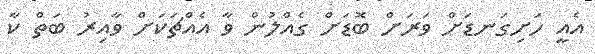
އެއީ ހަށިގަނޑަށް ވަރަށް ބޮޑަށް ގެއްލުން ވާ އެއްޗަކަށް ވާއިރު ބަތް ކާ